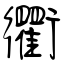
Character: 衢